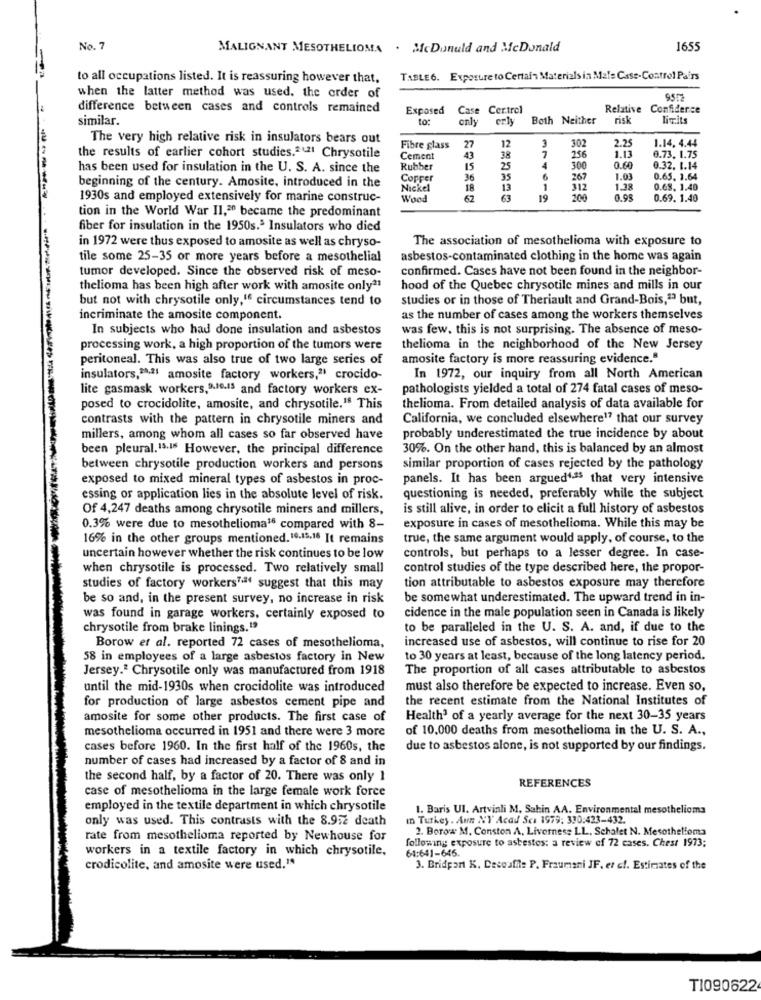
No. 7
MALIGNANT MESOTHELIOMA . McDonuld and McDonald
1655
to all occupations listed. It is reassuring however that,
TABLE6. Exposure to Certain Materials in Mate Case-Control Pairs
when the latter method was used. the order of
9552
difference between cases and controls remained
Exposed
Case Certrol
Relative Confidence
similar.
only
erly
Both Neither
risk
limits
The very high relative risk in insulators bears out
1.14. 4.44
Fibre glass
27
12
3
1
302
2.25
the results of earlier cohort studies.ª21 Chrysotile
Cement
43
38
256
1.13
0.73. 1.75
has been used for insulation in the U. S. A. since the
Rubber
15
25
300
0.60
0.32. 1.14
beginning of the century. Amosite, introduced in the
Copper
36
35
267
1.03
0.65. 1.64
Nickel
18
13
312
1.38
0.68. 1.40
1930s and employed extensively for marine construc-
Wood
374619
0.98
0.69. 1.40
tion in the World War II,20 became the predominant
fiber for insulation in the 1950s.ª Insulators who died
in 1972 were thus exposed to amosite as well as chryso-
The association of mesothelioma with exposure to
tile some 25-35 or more years before a mesothelial
asbestos-contaminated clothing in the home was again
tumor developed. Since the observed risk of meso-
confirmed. Cases have not been found in the neighbor-
thelioma has been high after work with amosite only2
hood of the Quebec chrysotile mines and mills in our
but not with chrysotile only," circumstances tend to
studies or in those of Theriault and Grand-Bois," but,
incriminate the amosite component.
as the number of cases among the workers themselves
In subjects who had done insulation and asbestos
was few. this is not surprising. The absence of meso-
processing work, a high proportion of the tumors were
thelioma in the neighborhood of the New Jersey
peritoneal. This was also true of two large series of
amosite factory is more reassuring evidence."
insulators,2.ª1 amosite factory workers," crocido-
In 1972, our inquiry from all North American
lite gasmask workers,9.se.is and factory workers ex-
pathologists yielded a total of 274 fatal cases of meso-
posed to crocidolite, amosite, and chrysotile.18 This
thelioma. From detailed analysis of data available for
contrasts with the pattern in chrysotile miners and
California, we concluded elsewhere17 that our survey
millers, among whom all cases so far observed have
probably underestimated the true incidence by about
been pleural. 13.15 However, the principal difference
30%. On the other hand, this is balanced by an almost
between chrysotile production workers and persons
similar proportion of cases rejected by the pathology
exposed to mixed mineral types of asbestos in proc-
panels. It has been argued4.ª5 that very intensive
essing or application lies in the absolute level of risk.
questioning is needed, preferably while the subject
Of 4,247 deaths among chrysotile miners and millers,
is still alive, in order to elicit a full history of asbestos
0.3% were due to mesothelioma16 compared with 8-
exposure in cases of mesothelioma. While this may be
16% in the other groups mentioned.10.15.16 It remains
true, the same argument would apply, of course, to the
controls, but perhaps to a lesser degree. In case-
uncertain however whether the risk continues to be low
when chrysotile is processed. Two relatively small
control studies of the type described here, the propor-
tion attributable to asbestos exposure may therefore
studies of factory workers7.ª suggest that this may
be so and, in the present survey, no increase in risk
be somewhat underestimated. The upward trend in in-
was found in garage workers, certainly exposed to
cidence in the male population seen in Canada is likely
chrysotile from brake linings.19
to be paralleled in the U. S. A. and, if due to the
increased use of asbestos, will continue to rise for 20
Borow et al. reported 72 cases of mesothelioma,
58 in employees of a large asbestos factory in New
to 30 years at least, because of the long latency period.
Jersey.ª Chrysotile only was manufactured from 1918
The proportion of all cases attributable to asbestos
until the mid-1930s when crocidolite was introduced
must also therefore be expected to increase. Even so,
the recent estimate from the National Institutes of
for production of large asbestos cement pipe and
amosite for some other products. The first case of
Health3 of a yearly average for the next 30-35 years
mesothelioma occurred in 1951 and there were 3 more
of 10,000 deaths from mesothelioma in the U. S. A .,
cases before 1960. In the first half of the 1960s, the
due to asbestos alone, is not supported by our findings.
number of cases had increased by a factor of 8 and in
the second half, by a factor of 20. There was only 1
REFERENCES
case of mesothelioma in the large female work force
employed in the textile department in which chrysotile
1. Baris UI. Artvinli M. Sahin AA. Environmental mesothelioma
only was used. This contrasts with the 8.952 death
In Turkey . Aun NY Acad Sca 1979: 330:423-432.
2. Borow M. Conston A. Livornese LL, Schalet N. Mesothelioma
rate from mesothelioma reported by Newhouse for
workers in a textile factory in which chrysotile.
following exposure to asbestos: a review of 72 cases. Chest 1973;
64:641-646.
crodicolite, and amosite were used.1ª
3. Bridport K. Desouffle P. Fraumani JF. er cl. Estimates of the
T1090622